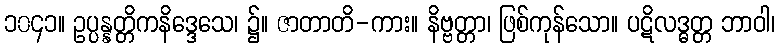
၁၀၄၁။ ဥပ္ပန္နတ္တိကနိဒ္ဒေသေ၊ ၌။ ဇာတာတိ-ကား။ နိဗ္ဗတ္တာ၊ ဖြစ်ကုန်သော။ ပဋိလဒ္ဓတ္တ ဘာဝါ၊